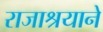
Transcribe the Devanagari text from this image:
राजाश्रयाने